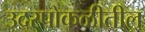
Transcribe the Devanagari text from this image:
उदरपोकळीतील